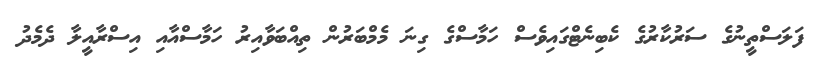
ފަލަސްތީނުގެ ސަރުކާރުގެ ކެބިނެޓްގައިވެސް ހަމާސްގެ ގިނަ މެމްބަރުން ތިއްބަވާއިރު ހަމާސްއާއި އިސްރާއީލާ ދެމެދު